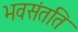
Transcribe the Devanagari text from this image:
भवसंतति